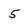
Character: 5